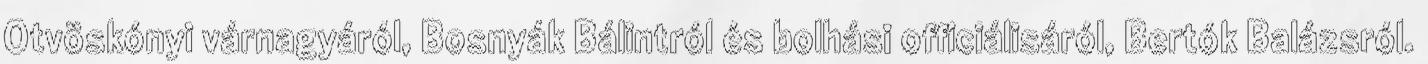
Otvöskónyi várnagyáról, Bosnyák Bálintról és bolhási officiálisáról, Bertók Balázsról.